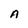
Character: A